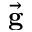
\vec { \bf g }